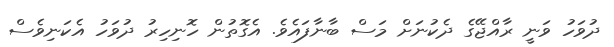
ދުވަހު ވަނީ ރާއްޖޭގެ ދެކުނަށް މަސް ބާނާފައެވެ. އެގޮތުން ހޮނިހިރު ދުވަހު އެކަނިވެސް